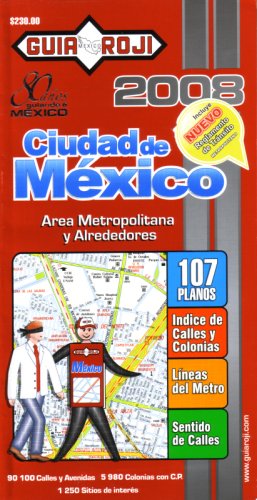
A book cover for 2008 Mexico City Atlas by Guia Roji (Spanish Edition); Guia Roji; Travel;